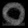
Digit: ၀